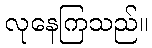
လုနေကြသည်။